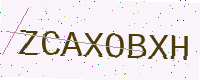
Text: ZCAXOBXH